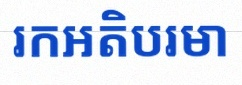
រកអតិបរមា